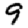
Digit: 9